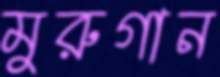
মুরুগান